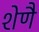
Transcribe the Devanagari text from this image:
शेणै